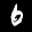
Label: 6